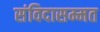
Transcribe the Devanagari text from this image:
संविदासम्मत